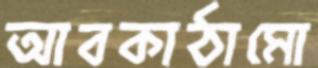
আবকাঠামো